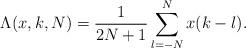
LaTeX: \begin{align*}\Lambda(x,k,N) = \frac{1}{2N+1}\sum_{l=-N}^N x(k-l).\end{align*}